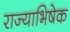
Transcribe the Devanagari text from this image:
राज्‍याभिषेक